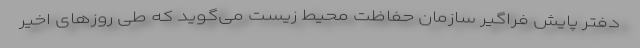
دفتر پایش فراگیر سازمان حفاظت محیط زیست می‌گوید که طی روزهای اخیر